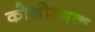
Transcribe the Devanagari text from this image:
कोशोत्मक